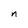
Character: n